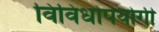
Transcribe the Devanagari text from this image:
विविधोपयोगी